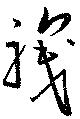
職